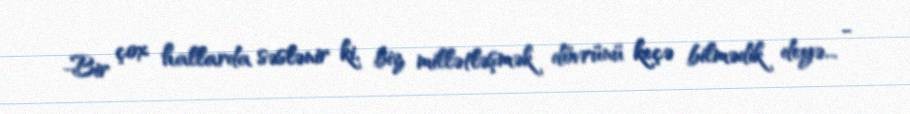
-Bir çox hallarda səslənir ki, biz millətləşmək dövrünü keçə bilmədik deyə... -